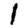
Digit: 1